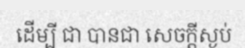
ដើម្បី ជា បានជា សេចក្តីស្ងប់